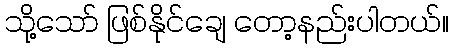
သို့သော် ဖြစ်နိုင်ချေ တော့နည်းပါတယ်။